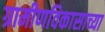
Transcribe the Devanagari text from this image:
ग्रामीणविकासाच्या